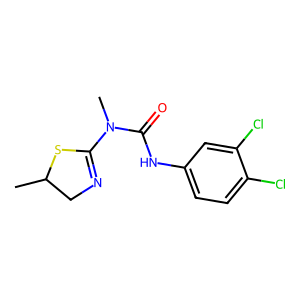
SMILES: CC1CN=C(N(C)C(=O)Nc2ccc(Cl)c(Cl)c2)S1
Inhibits HIV replication: No